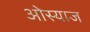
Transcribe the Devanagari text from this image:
ओस्याज